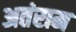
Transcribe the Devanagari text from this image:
अतंराम